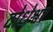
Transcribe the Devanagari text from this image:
दोधेश्वर